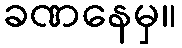
ခဏနေမှ။